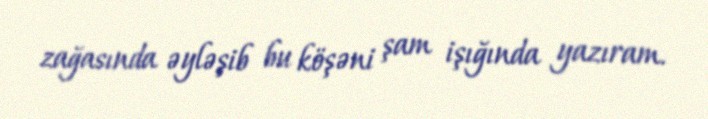
zağasında əyləşib bu köşəni şam işığında yazıram.